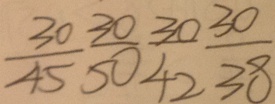
\frac { 3 0 } { 4 5 } \frac { 3 0 } { 5 0 } \frac { 3 0 } { 4 2 } \frac { 3 0 } { 3 8 }